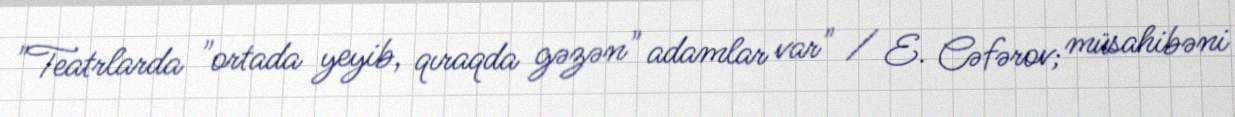
"Teatrlarda "ortada yeyib, qıraqda gəzən" adamlar var" / E. Cəfərov; müsahibəni